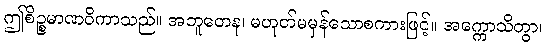
ဤစိဉ္စမာဏဝိကာသည်။ အဘူတေန၊ မဟုတ်မမှန်သောစကားဖြင့်။ အက္ကောသိတွာ၊